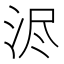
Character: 浕